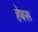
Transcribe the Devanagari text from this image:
हेबरू